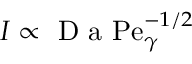
I \propto \textrm { D a } \mathrm { P e } _ { \gamma } ^ { - 1 / 2 }